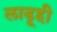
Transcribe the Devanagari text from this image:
लाडूही